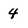
Character: 4